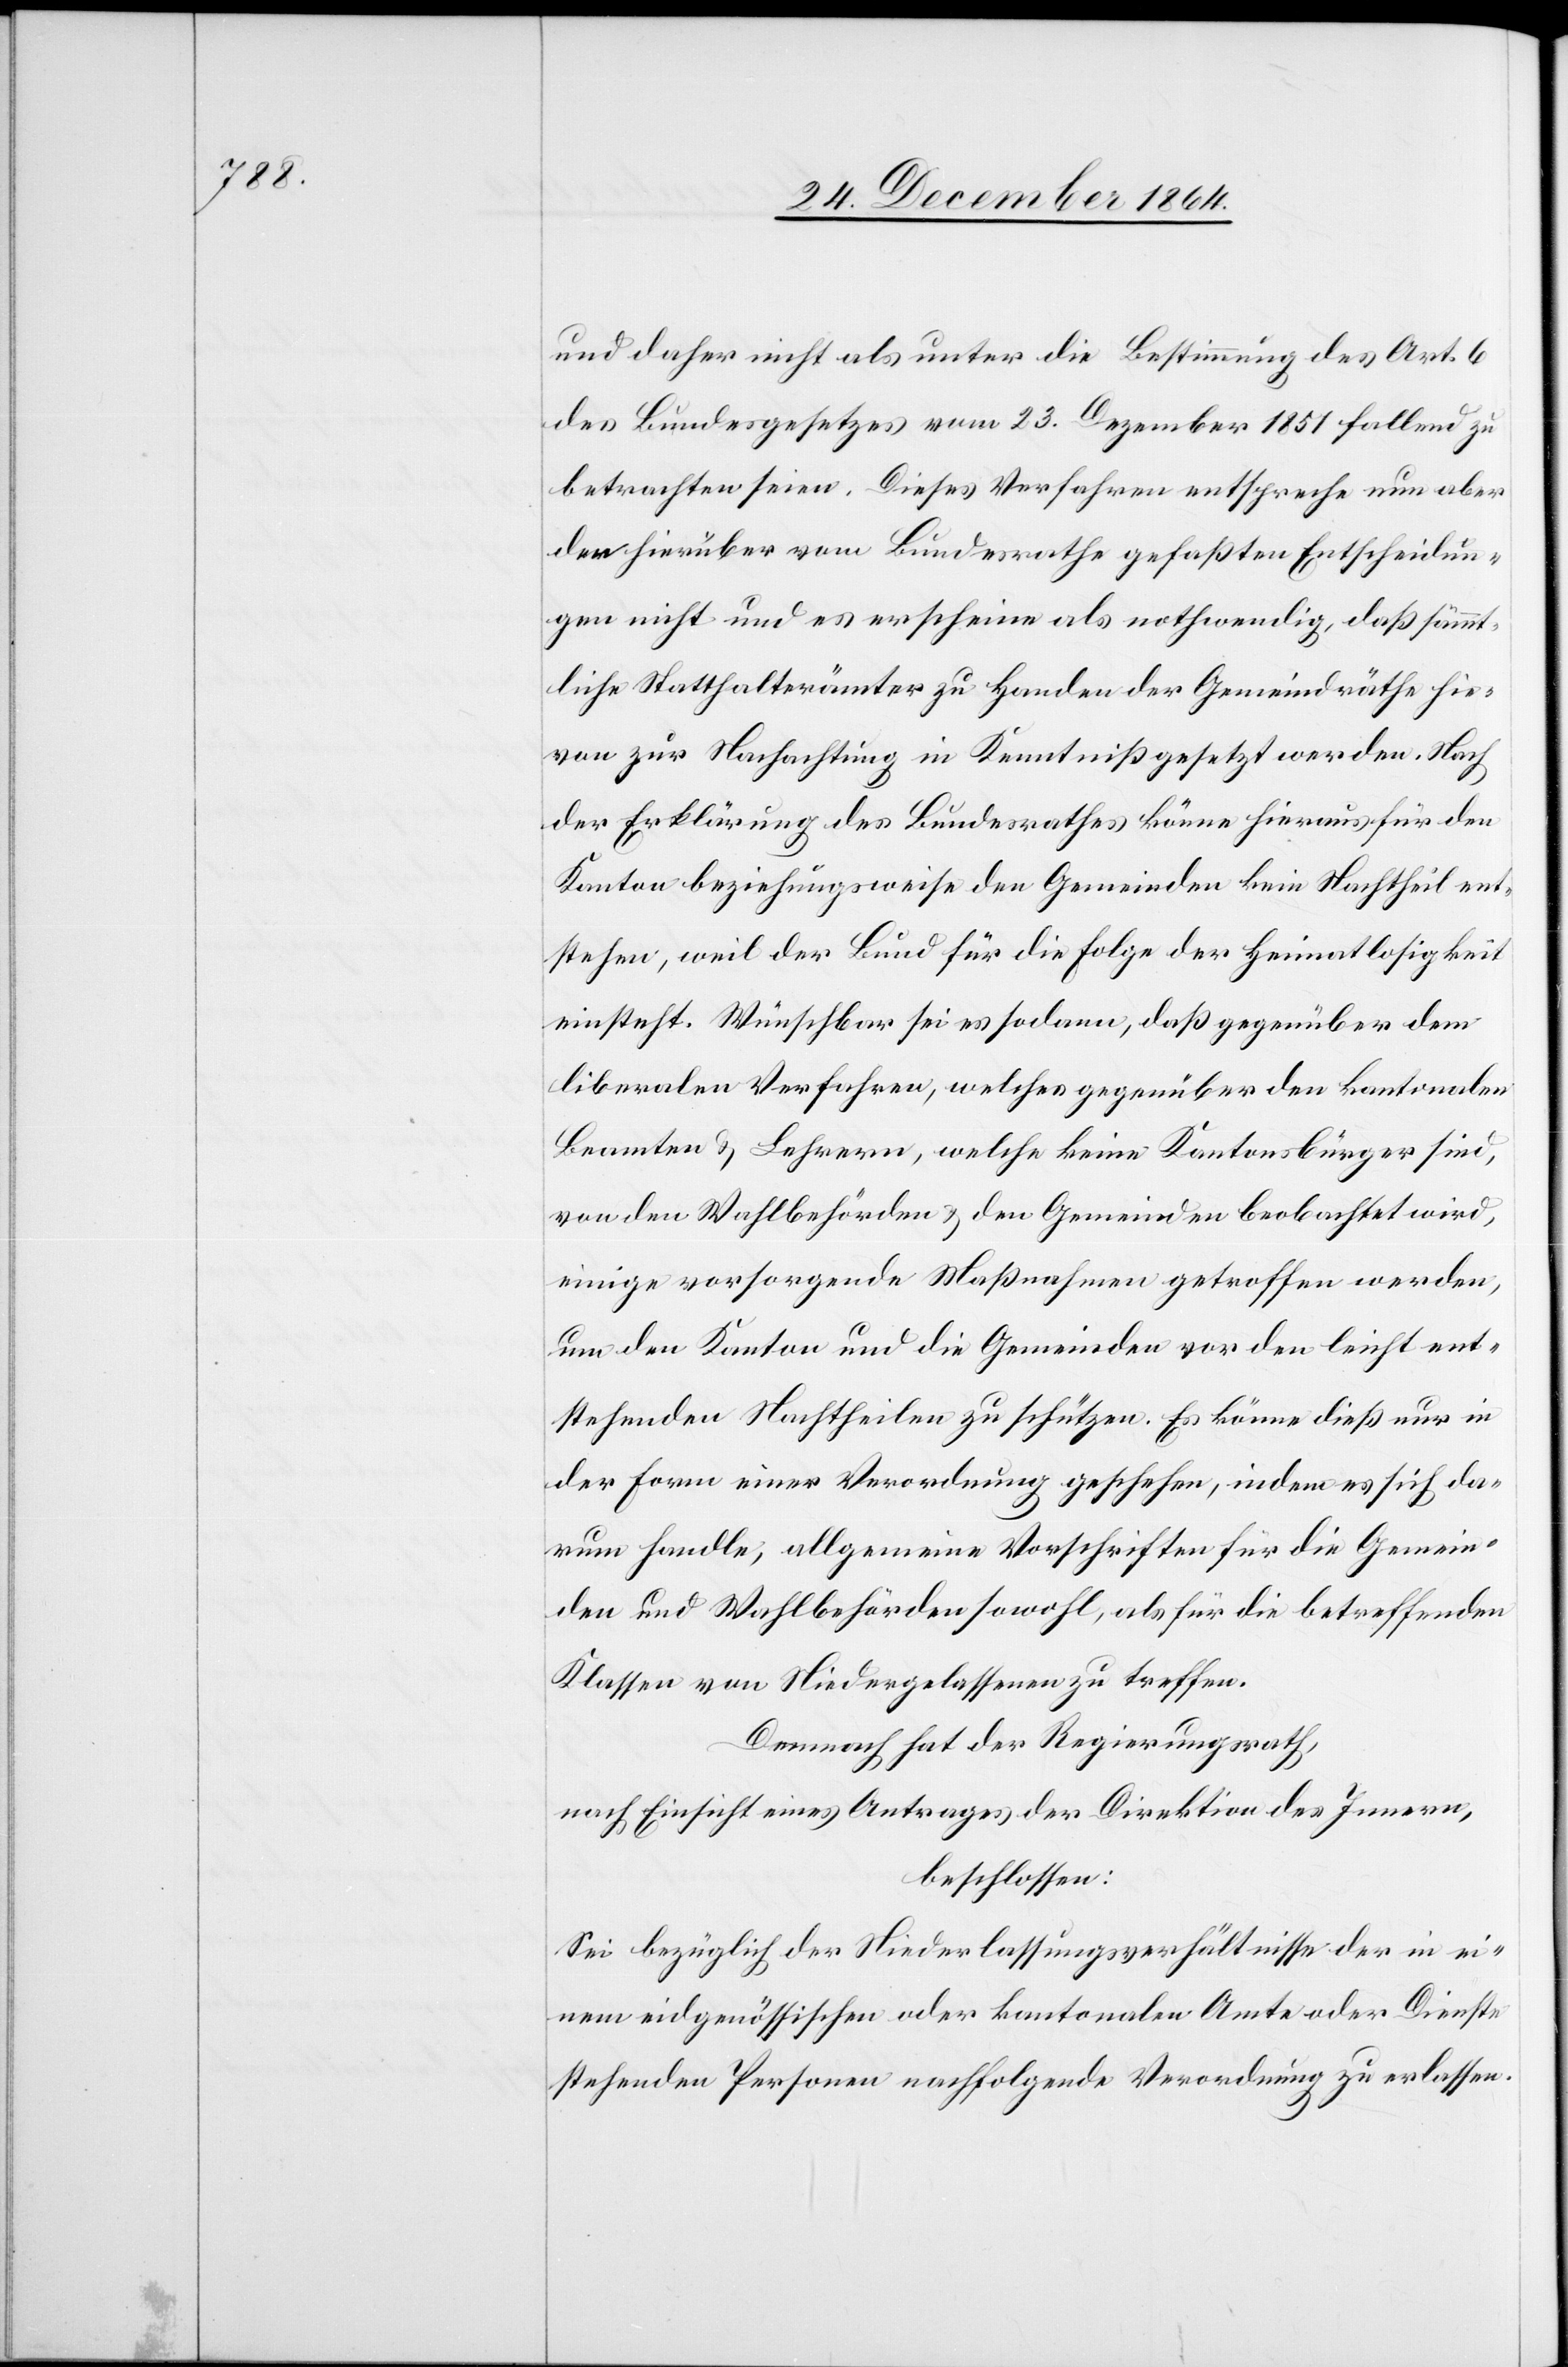
und daher nicht als unter die Bestimmung des Art. 6
des Bundesgesetzes vom 23. Dezember 1851 fallend zu
betrachten seien. Dieses Verfahren entspreche nun aber
den hierüber vom Bundesrathe gefaßten Entscheidun¬
gen nicht und es erscheine als nothwendig, daß sämmt¬
liche Statthalterämter zu Handen der Gemeindräthe hie¬
von zur Nachachtung in Kenntniß gesetzt werden. Nach
der Erklärung des Bundesrathes könne hieraus für den
Kanton beziehungsweise den Gemeinden kein Nachtheil ent¬
stehen, weil der Bund für die Folge der Heimatlosigkeit
einsteht. Wünschbar sei es sodann, daß gegenüber dem
liberalen Verfahren, welches gegenüber den kantonalen
Beamten & Lehrern, welche keine Kantonsbürger sind,
von den Wahlbehörden & den Gemeinden beobachtet wird,
einige vorsorgende Maßnahmen getroffen werden,
um den Kanton und die Gemeinden vor den leicht ent¬
stehenden Nachtheilen zu schützen. Es könne dieß nur in
der Form einer Verordnung geschehen, indem es sich da¬
rum handle, allgemeine Vorschriften für die Gemein¬
den und Wahlbehörden sowohl, als für die betreffenden
Klassen von Niedergelassenen zu treffen.
Demnach hat der Regierungsrath,
nach Einsicht eines Antrages der Direktion des Innern,
beschlossen:
Sei bezüglich der Niederlassungsverhältnisse der in ei¬
nem eidgenössischen oder kantonalen Amte oder Dienste
stehenden Personen nachfolgende Verordnung erlassen.